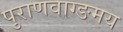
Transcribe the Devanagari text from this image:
पुराणवाग्ङमय